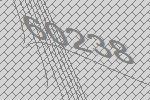
60238